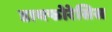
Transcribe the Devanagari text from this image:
डायफोरेसिस